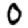
Digit: 0